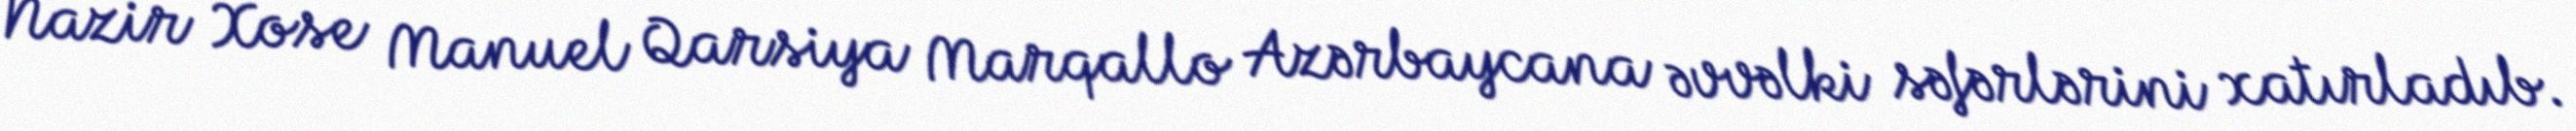
Nazir Xose Manuel Qarsiya Marqallo Azərbaycana əvvəlki səfərlərini xatırladıb.